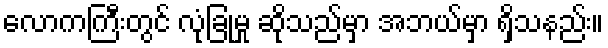
လောကကြီးတွင် လုံခြုံမှု ဆိုသည်မှာ အဘယ်မှာ ရှိသနည်း။